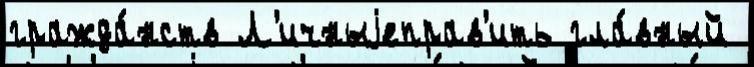
гражда́нств Л'ичныjеправ'ить гла́вный